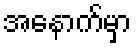
အနောက်မှာ